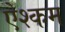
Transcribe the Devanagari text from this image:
ऐश्कम